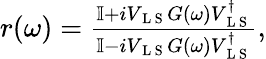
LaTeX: \begin{array}{r}{r(\omega)=\frac{\mathbb{I}+iV_{\mathrm{~L~S~}}G(\omega)V_{\mathrm{~L~S~}}^{\dagger}}{\mathbb{I}-iV_{\mathrm{~L~S~}}G(\omega)V_{\mathrm{~L~S~}}^{\dagger}},}\end{array}